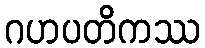
ဂဟပတိကဿ